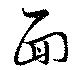
面